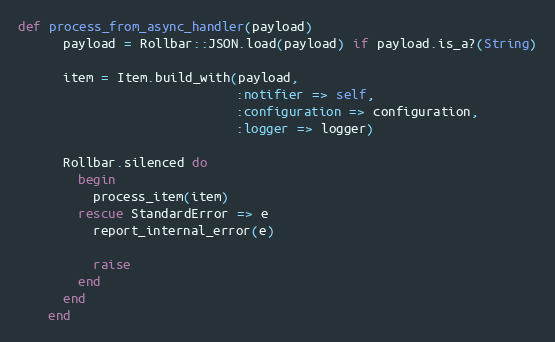
Language: Ruby
def process_from_async_handler(payload)
      payload = Rollbar::JSON.load(payload) if payload.is_a?(String)

      item = Item.build_with(payload,
                             :notifier => self,
                             :configuration => configuration,
                             :logger => logger)

      Rollbar.silenced do
        begin
          process_item(item)
        rescue StandardError => e
          report_internal_error(e)

          raise
        end
      end
    end